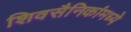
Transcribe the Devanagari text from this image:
शिवसैनिकांमध्ये